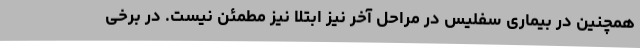
همچنین در بیماری سفلیس در مراحل آخر نیز ابتلا نیز مطمئن نیست. در برخی